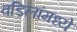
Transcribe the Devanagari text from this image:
वडिलांमध्ये